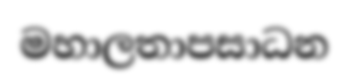
මහාලතාපසාධන